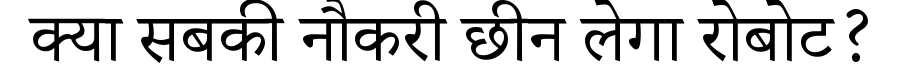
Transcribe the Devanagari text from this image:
क्या सबकी नौकरी छीन लेगा रोबोट?